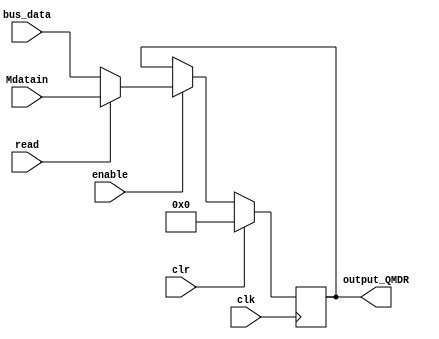
//An MDR register

module register_MDR(

	input						clk, clr, enable,
	input			[31:0]	bus_data, Mdatain, 
	input 					read,
	output reg	[31:0]	output_QMDR
);

always @ (posedge clk) begin

if (clr) begin
	output_QMDR <= 32'h00000000;
end
else if (enable) begin
	if(read)begin
		output_QMDR <= Mdatain;
	end
	else begin
		output_QMDR <= bus_data;
	end
end

end
endmodule